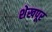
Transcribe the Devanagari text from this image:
शेखपूर